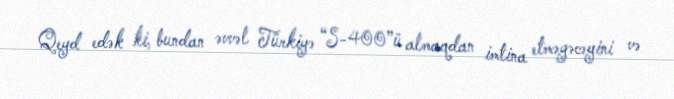
Qeyd edək ki, bundan əvvəl Türkiyə “S-400”ü almaqdan imtina etməyəcəyini və